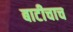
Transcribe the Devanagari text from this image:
बाटीचाच